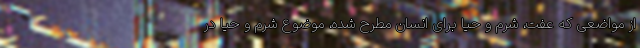
از مواضعی که عفت، شرم و حیا برای انسان مطرح شده، موضوع شرم و حیا در